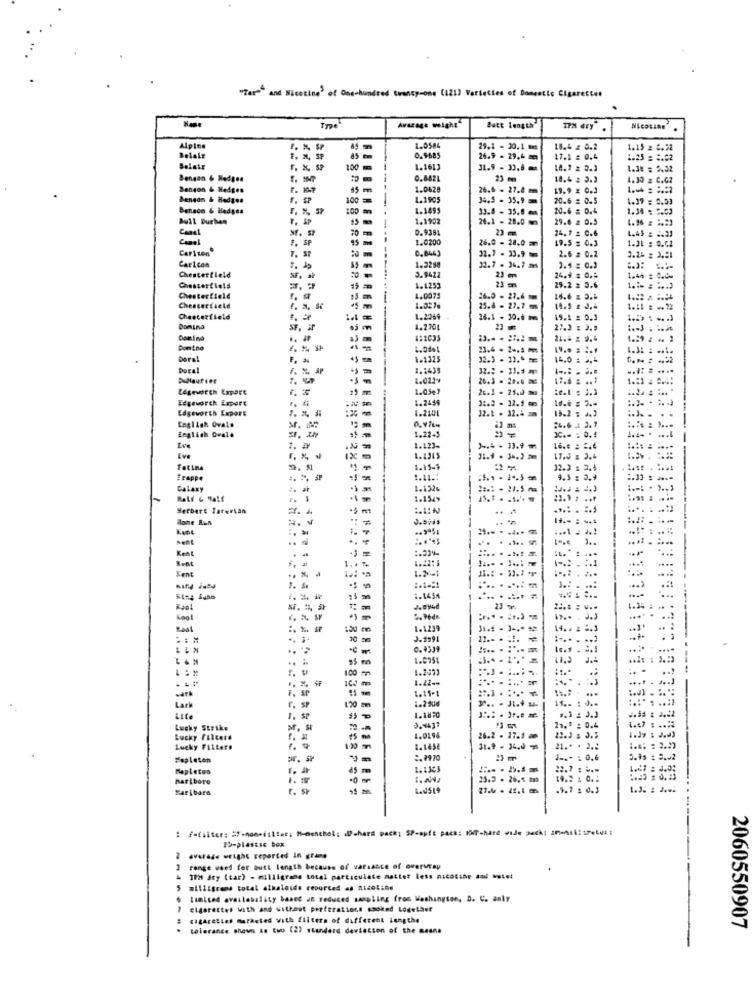
"Tar"" and Nicotine' of Onehundred twenty-one (121) Varieties of Domestic Cigaretter
Type
Avarage weight
Butt length'
TPM dry
Nicotine
Alpine
1.0584
29.1 - 30.1
16.4 = 0.2
1.15 z 6.22
Belair
F. 2, SP
85
0.9685
26.9 - 29.6m
17.1 : 0.4
1.25 = = 02
F. X, SP
100
1.161)
31.9 - 30.8
1.3: = 2.32
Benson & Hedges
9.8821
23 m
18.4 2 3.3
1. 30 z C.CZ
Benson & Hedges
1.0628
26.6 - 27.8 m
19.9 z 0.3
Benson & Hedges
100=
1.1905
34.5 - 35.9
20.6 = 0.5
1.17 = 0.53
Benson & Hledges
100
1.1895
33.4 - 35.8
10.6 = 0.4
1.34 : 2.03
Bull Burken
1.1902
26.1 - 28.0m
29.6 z 0.5
1. 96 : ** )
Canal
20
0.9381
24.7 z C.6
1.45 = 2.33
Conel
1. SP
1.0200
26.0 - 28.0
19.5 = 0.3
1.31 : 0.62
Cariten
0,844]
2.6 = 0.2
Carl con
7. St
32.7 - 33.9
3.24 = 3.31
Chesterfield
1.3258
32.7 - 34.7 ans
1.4 = 0.3
3.9423
23 mm
24.9 . 0.4
1.44 : 0.00
Chesterfield
1.4253
29.2 = 3.6
1. == = " .. J
Chesterfield
1.0075
26.0 - 27.6
16.6 z 3.4
Chesterfield
1.0276
25.8 - 27.7
1.11 : ..?
Chesterfield
1.2069
28.1 - 30.6 m
19.1 : 0.1
Domina
65 m
1.2701
27.3 : 3.9
182035
21.4 2 9.4
Domino
1.08+1
23.4 - 2 -. 8 mm
19.0 = 2.1
Doral
1.1325
32.3 . 11.
14.0 : 2.4
Doral
1.2435
...: . ....
1.0224
20.3 - 28.0 M
Legeworth Eapar't
1.05€?
26.1 - 25.0 m
Edgeworth Export
1.2459
Edgeworth Export
--
1.2101
12.1 . 32.4 am
13.2 ; a)
English Ovals
24.6 3.7
English Ovalo
1.22-3
3C .* : 0.4
Ive
1. 4
1.123-
Eve
fatin
1.15-9
32.2 : 3.4
Frappe
1.11 ::
9.3 : 3.9
Galaxy
1.132%
1.
1.156
Herbert Tarersan
Mone ALS
...
Kene
Ment
.
Kent
1 ..
1.22: 3
Ewat
Sent
.... . ...
-
...... -
..
1 .:
Kael
23 +
Kool
2.Pedr
3.3
Rast
1.1239
14 .. = 2.3
10
.. .
0.933
1.0751
100
1.2:13
:*......:
1.22-+
.... . .... .
.... .
F. SP
1.15-1
11 .. : ...
Lack
1. SP
1.1870
Lucky Strike
3.437
13. º : 0.4
. ...
Lucky PAIcere
1.0194
26.2 . 17.1
Lucky Filters
1.1658
31.9 . 34.0
21 .* * 2.2
Mapleten
:. 9970
1 m
1 -.* : 0.6
3.95 : 3 .. 2
Mapleton
22.7 . -.-
1.47 : 3.0:
Marlboro
25.3 . 26.5 mm
Karibare
LAJSI9
.9.7 : 0.3
FO-plastic box
averade weight reported in time
2
range weed for butt length because of varsance of overwray
IM dty (tar) - milligrams total particulate matter less nicotine and .otel
milligrams total alkaloids reported 4. 21605:04
Limited availability based an reduced sampling from Washington, D. C. anly
cigarettes with and without perferations smoked Lodether
CHEArELLen Marketed with filtern of different lengthe
2060550907
tolerance shown in two (2) standard deviation of the means